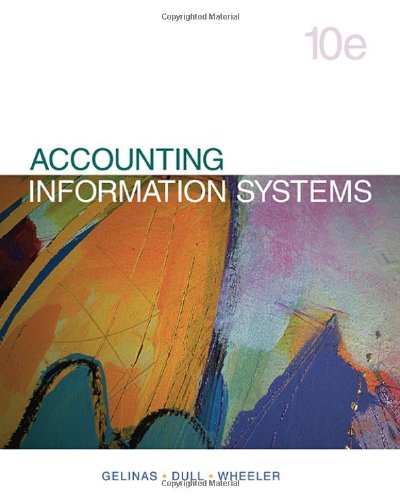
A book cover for Accounting Information Systems; Ulric J. Gelinas; Computers & Technology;